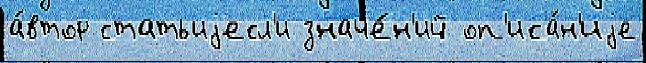
а́втор статьиjесл'и значе́н'ий оп'иса́н'иjе